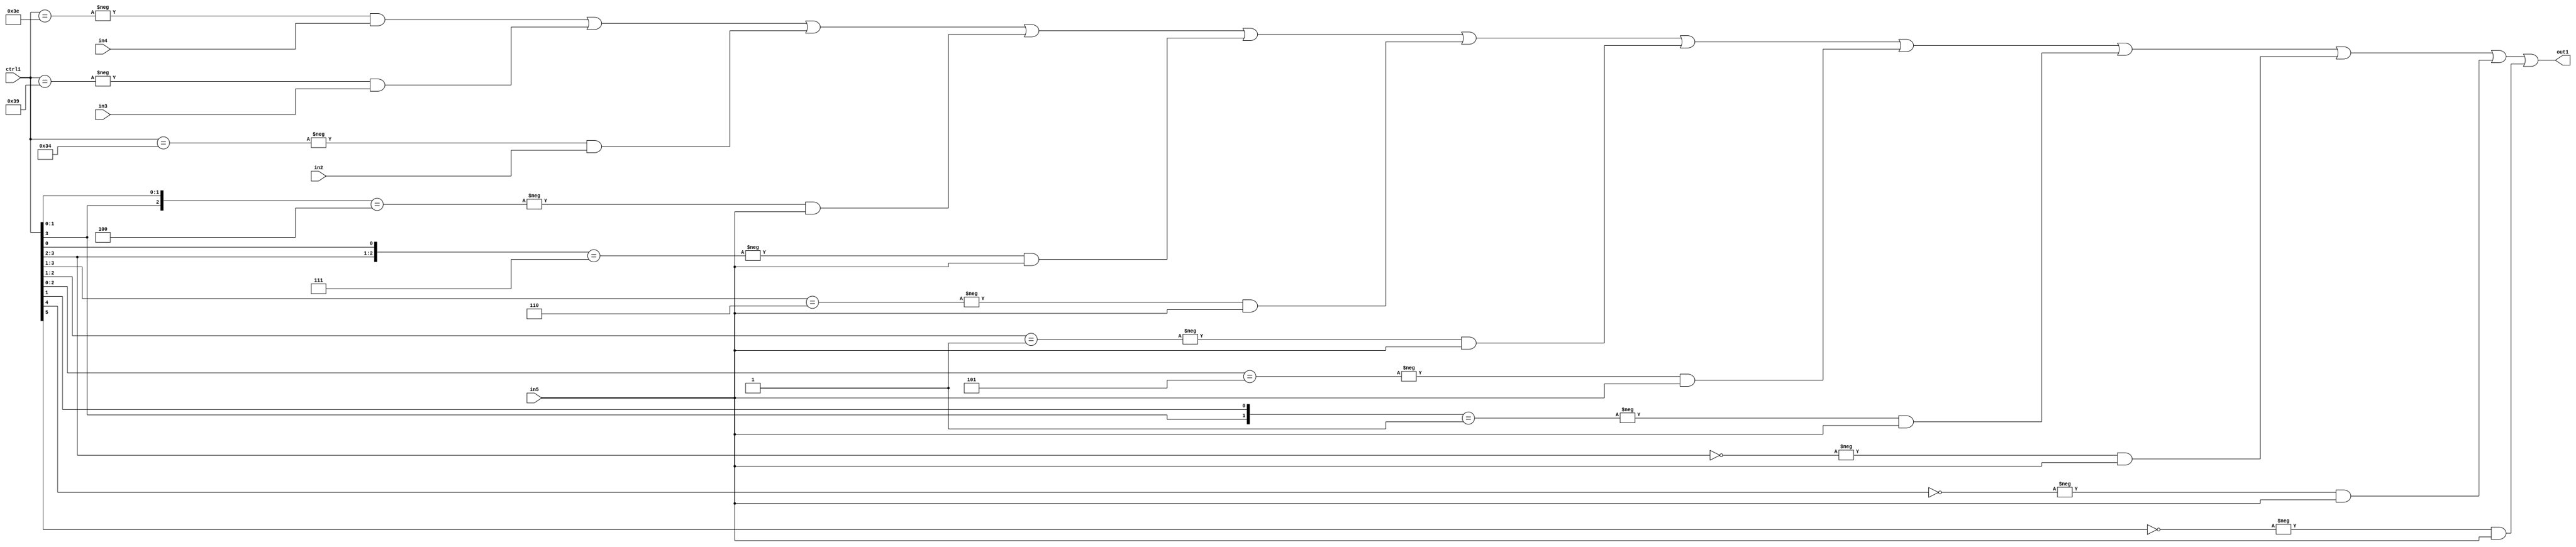
`timescale 1ps / 1ps
/*****************************************************************************
    Verilog RTL Description
    
    
    Created by: Stratus DpOpt 21.05.01 
*******************************************************************************/

module SobelFilter_N_Mux_32_4_25_4 (
	in5,
	in4,
	in3,
	in2,
	ctrl1,
	out1
	); /* architecture "behavioural" */ 
input [31:0] in5;
input [8:0] in4,
	in3,
	in2;
input [5:0] ctrl1;
output [31:0] out1;
wire [31:0] asc001;

assign asc001 = 
	-{ctrl1 == 6'B111110} & in4 |
	-{ctrl1 == 6'B111001} & in3 |
	-{ctrl1 == 6'B110100} & in2 |
	-{{ctrl1[3], ctrl1[1:0]} == 3'B100} & in5 |
	-{{ctrl1[3:2], ctrl1[0]} == 3'B111} & in5 |
	-{ctrl1[3:1] == 3'B110} & in5 |
	-{ctrl1[2:1] == 2'B01} & in5 |
	-{ctrl1[2:0] == 3'B101} & in5 |
	-{{ctrl1[3], ctrl1[1]} == 2'B01} & in5 |
	-{ctrl1[3:2] == 2'B00} & in5 |
	-{ctrl1[4] == 1'B0} & in5 |
	-{ctrl1[5] == 1'B0} & in5 ;

assign out1 = asc001;
endmodule

/* CADENCE  vbX4Qgw= : u9/ySxbfrwZIxEzHVQQV8Q== ** DO NOT EDIT THIS LINE ******/